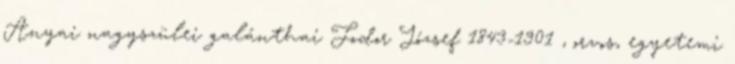
Anyai nagyszülei galánthai Fodor József 1843-1901 , orvos, egyetemi